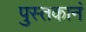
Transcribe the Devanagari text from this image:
पुस्तकानं